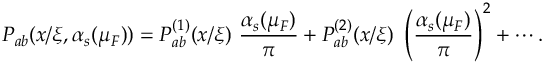
P _ { a b } ( x / \xi , \alpha _ { s } ( \mu _ { F } ) ) = P _ { a b } ^ { ( 1 ) } ( x / \xi ) \ { \frac { \alpha _ { s } ( \mu _ { F } ) } { \pi } } + P _ { a b } ^ { ( 2 ) } ( x / \xi ) \ \left( { \frac { \alpha _ { s } ( \mu _ { F } ) } { \pi } } \right) ^ { 2 } + \cdots .